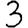
Digit: 3